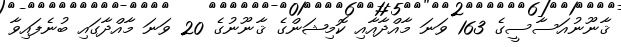
ޤާނޫނުއަސާސީގެ 163 ވަނަ މާއްދާއާއި ކޮމިޝަންގެ ޤާނޫނުގެ 20 ވަނަ މާއްދާގައި ބުނެފައިވާ